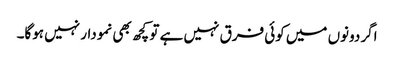
اگر دونوں میں کوئی فرق نہیں ہے تو کچھ بھی نمودار نہیں ہوگا۔